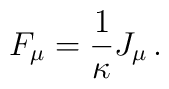
F_\mu  = {1 \over \kappa} J_\mu  \, .